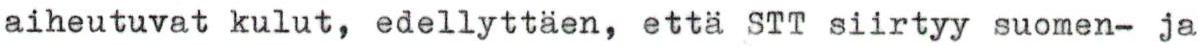
aiheutuvat kulut, edellyttäen, että STT siirtyy suomen- ja